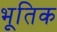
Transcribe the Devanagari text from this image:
भूतिक